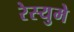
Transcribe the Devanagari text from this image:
रेस्युमे